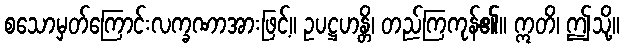
စသောမှတ်ကြောင်းလက္ခဏာအားဖြင့်။ ဥပဋ္ဌဟန္တိ၊ တည်ကြကုန်၏။ ဣတိ၊ ဤသို့။